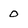
Character: 0